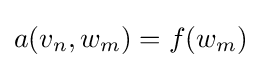
a(v_{n},w_{m})=f(w_{m})